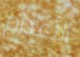
الأعدام